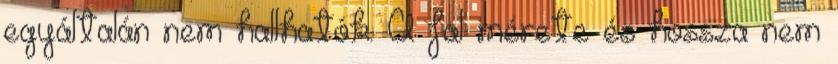
egyáltalán nem hallhatók. A fal mérete és hossza nem